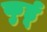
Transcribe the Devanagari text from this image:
कुर्डू